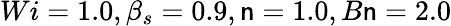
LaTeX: Wi=1.0,\beta_{s}=0.9,\mathsf{n}=1.0,B\mathsf{n}=2.0